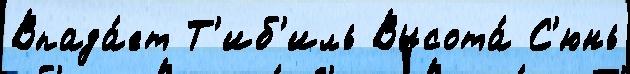
Впада́ет Т'иб'иль Высота́ С'юнь